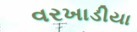
વરખાડીયા